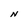
Character: N